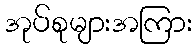
အုပ်စုများအကြား